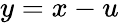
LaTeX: y=x-u